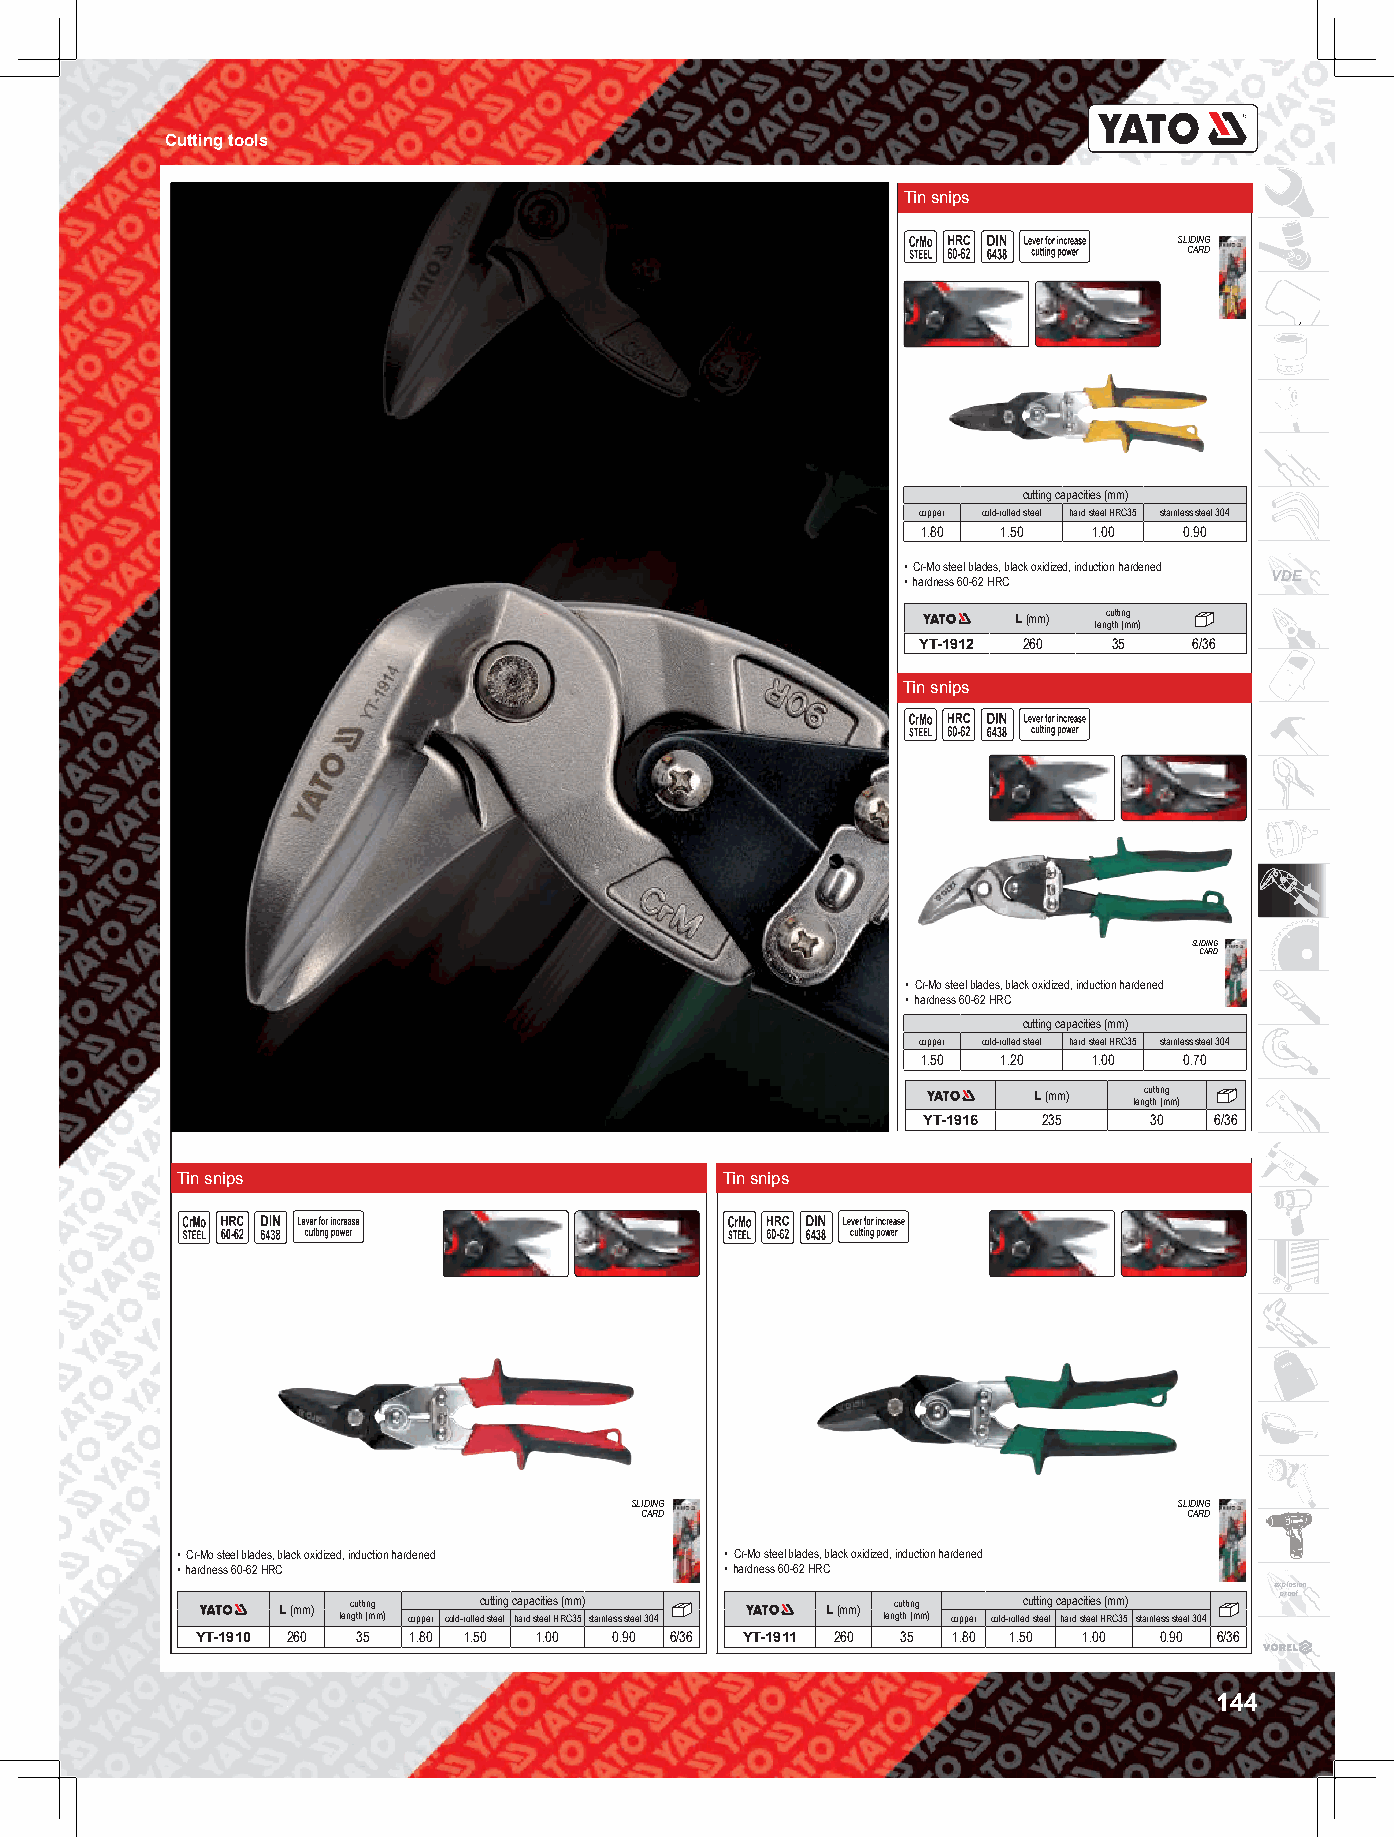
Cutting tools
 Tin snips
 SLIDING
 CARD
 cutting capacities (mm)
 copper cold-rolled steel hard steel HRC35 stainless steel 304
 1.80 1.50  1.00  0.90
 • Cr-Mo steel blades, black oxidized, induction hardened
 • hardness 60-62 HRC    VDE
 L (mm) lenc gu thtt i (n mg m)
 YT-1912 260  35   6/36
 Tin snips
 SLIDING
 CARD
 • Cr-Mo steel blades, black oxidized, induction hardened
 • hardness 60-62 HRC
 cutting capacities (mm)
 copper cold-rolled steel hard steel HRC35 stainless steel 304
 1.50 1.20  1.00  0.70
 L (mm) lenc gu thtt i (n mg m)
 YT-1916 235    30  6/36
 Tin snips                           Tin snips
 SLIDING                             SLIDING
 CARD                                 CARD
 • Cr-Mo steel blades, black oxidized, induction hardened • Cr-Mo steel blades, black oxidized, induction hardened
 • hardness 60-62 HRC                • hardness 60-62 HRC
 explosion
 L (mm) lenc gu thtt i (n mg m) copper cold-rollec d u st tt ei en lg c ha arp da sc teit eie l s H R(m C3m 5) stainless steel 304 L (mm) lenc gu thtt i (n mg m) copper cold-rollec du st tt ein eg l c ha ap rda c si tt ei ee ls H ( Rm Cm 35) stainless steel 304 proof
 YT-1910 260 35 1.80 1.50 1.00 0.90 6/36 YT-1911 260 35 1.80 1.50 1.00 0.90 6/36
 144